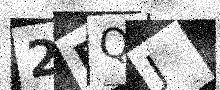
Text: 2RQJ